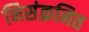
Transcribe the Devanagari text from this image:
निसंक्रमित